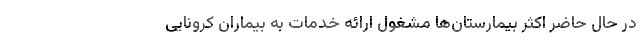
در حال حاضر اکثر بیمارستان‌ها مشغول ارائه خدمات به بیماران کرونایی